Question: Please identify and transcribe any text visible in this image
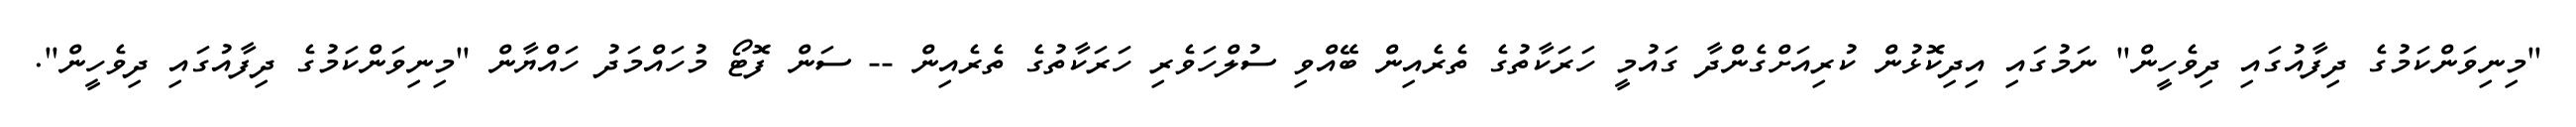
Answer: "މިނިވަންކަމުގެ ދިފާއުގައި ދިވެހީން" ނަމުގައި އިދިކޮޅުން ކުރިއަށްގެންދާ ގައުމީ ހަރަކާތުގެ ތެރެއިން ބޭއްވި ސުލްހަވެރި ހަރަކާތުގެ ތެރެއިން -- ސަން ފޮޓޯ މުހައްމަދު ހައްޔާން "މިނިވަންކަމުގެ ދިފާއުގައި ދިވެހީން".